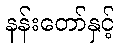
နန်းတော်နှင့်